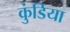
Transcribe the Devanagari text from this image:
कुंडिया